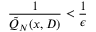
{ \frac { 1 } { \tilde { Q } _ { N } ( x , D ) } } < { \frac { 1 } { \epsilon } }